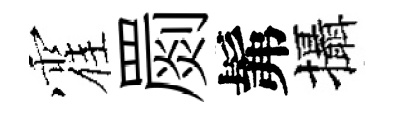
霍罽髴攝